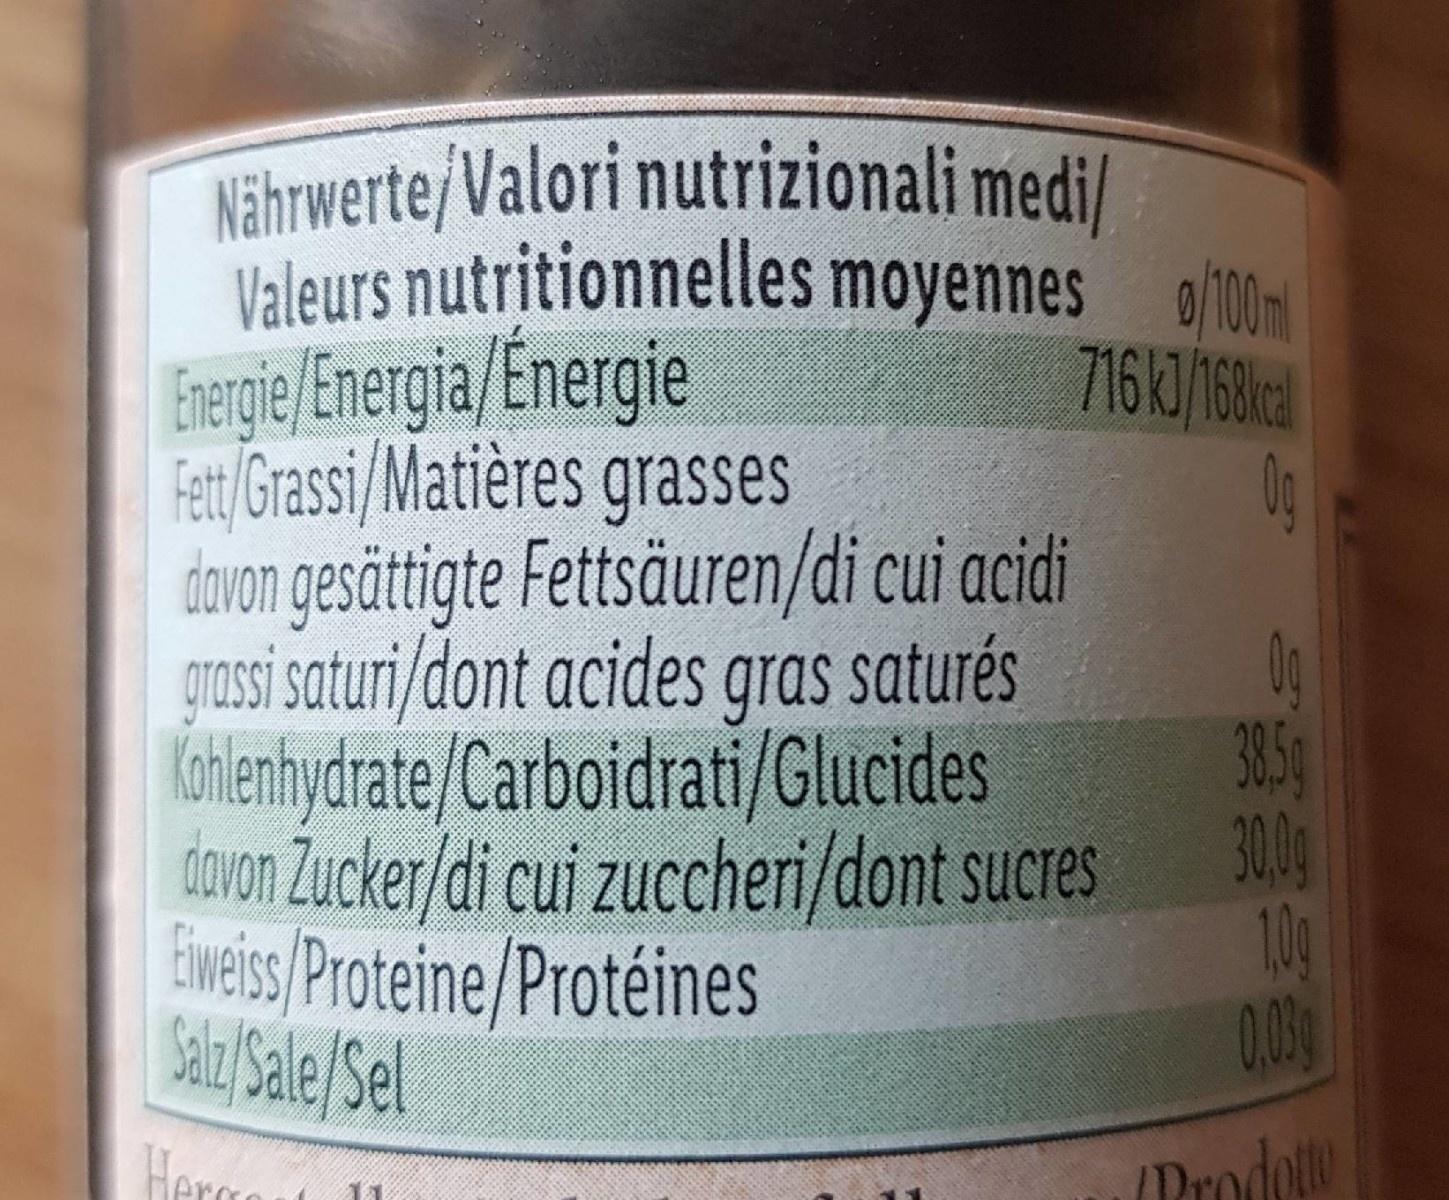
Nährwerte/Valori nutrizionali medi/ Valeurs nutritionnelles moyennes of0m 716KJ/168cal 0g dovon gesättigte Fettsäuren/di cui acidi 0g 385g 30g
Erergie/Energia/Energie Fet/Grassi/Matières grasses
grossi saturi/dont acides gras saturés
Kohlenhydrate/Carboidrati/Glucides
dOVon Zucker/di cui zuccheri/dont sucres 10g
Eweiss/Proteine/Protéines Saly Sale/Sel
Herre
IDrodoto